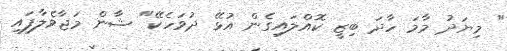
" މިޔަދު މާމަ ހާދަ ބިޒީ ކޮއްލައިގެން އުޅޭ ދުވަހެކޭ" ޝާން މަޖާވެލާފައި